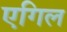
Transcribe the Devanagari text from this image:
एगिल